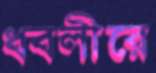
ধবলীরে